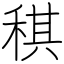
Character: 稘